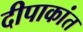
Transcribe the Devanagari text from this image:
दीपाकांत